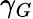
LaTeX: \gamma_{G}